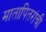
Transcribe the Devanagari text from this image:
मातापितरांची